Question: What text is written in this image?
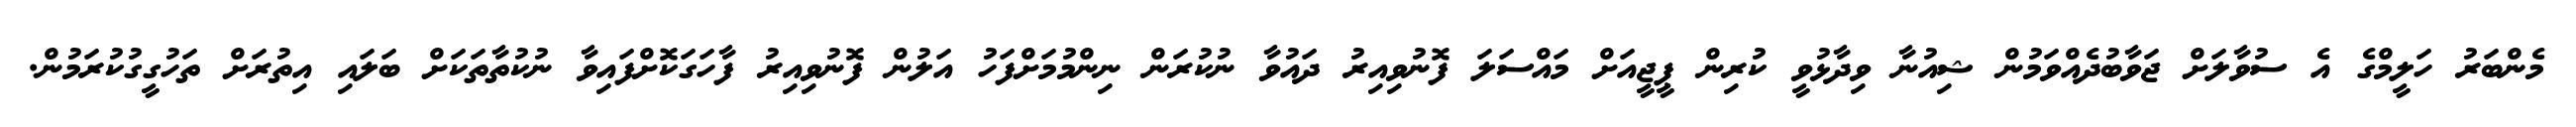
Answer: މެންބަރު ހަލީމްގެ އެ ސުވާލަށް ޖަވާބުދެއްވަމުން ޝިއުނާ ވިދާޅުވީ ކުރިން ޕީޖީއަށް މައްސަލަ ފޮނުވިއިރު ދައުވާ ނުކުރަން ނިންމުމަށްފަހު އަލުން ފޮނުވިއިރު ފާހަގަކޮށްފައިވާ ނުކުތާތަކަށް ބަލައި އިތުރަށް ތަހުގީގުކުރަމުން.